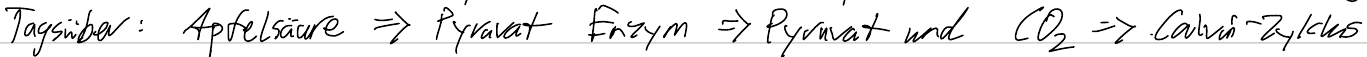
Tagsüber: Apfelsäure => Pyruvat Enzym => Pyruvat und CO2 => Calvin-Zyklus